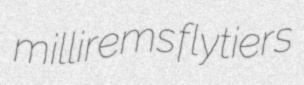
millirems flytiers